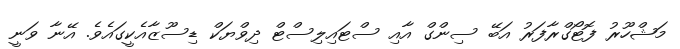
މަޝްހޫރު ފޮޓޯގްރާފަރު އަބޭ ސިންގް އާއި ސްޓައިލިސްޓް ދިވްޔަކް ޑިސޫޒާއެކީގައެވެ. އޭނާ ވަނީ